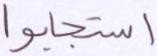
استجابوا